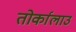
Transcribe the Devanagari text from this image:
तोर्कालाउ